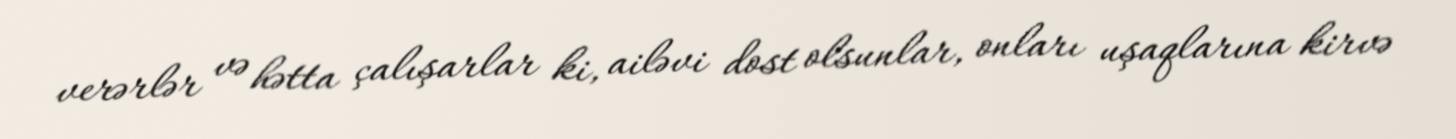
verərlər və hətta çalışarlar ki, ailəvi dost olsunlar, onları uşaqlarına kirvə